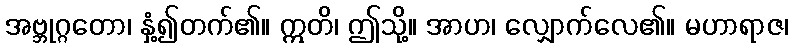
အဗ္ဘုဂ္ဂတော၊ နှံ့၍တက်၏။ ဣတိ၊ ဤသို့။ အာဟ၊ လျှောက်လေ၏။ မဟာရာဇ၊